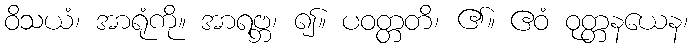
ဝိသယံ၊ အာရုံကို။ အာရဗ္ဘ၊ ၍။ ပဝတ္တတိ၊ ၏။ ဧဝံ ဝုတ္တနယေန၊